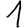
Digit: 1